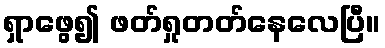
ရှာဖွေ၍ ဖတ်ရှုတတ်နေလေပြီ။